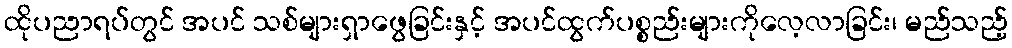
ထိုပညာရပ်တွင် အပင် သစ်များရှာဖွေခြင်းနှင့် အပင်ထွက်ပစ္စည်းများကိုလေ့လာခြင်း၊ မည်သည့်